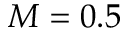
M = 0 . 5